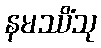
နမဿိံသု